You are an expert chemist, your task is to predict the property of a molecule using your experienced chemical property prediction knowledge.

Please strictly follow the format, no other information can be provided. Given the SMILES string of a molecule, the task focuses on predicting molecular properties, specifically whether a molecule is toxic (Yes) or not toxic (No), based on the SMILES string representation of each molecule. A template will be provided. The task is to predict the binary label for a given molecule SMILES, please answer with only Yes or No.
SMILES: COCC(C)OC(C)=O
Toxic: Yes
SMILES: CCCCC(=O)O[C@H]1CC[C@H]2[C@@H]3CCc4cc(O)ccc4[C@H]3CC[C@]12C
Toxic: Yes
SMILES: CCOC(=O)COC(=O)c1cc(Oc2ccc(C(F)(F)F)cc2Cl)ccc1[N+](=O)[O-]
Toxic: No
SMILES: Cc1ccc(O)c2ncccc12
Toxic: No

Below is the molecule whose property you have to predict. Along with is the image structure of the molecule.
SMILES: CCCCc1ccc(Cl)cc1
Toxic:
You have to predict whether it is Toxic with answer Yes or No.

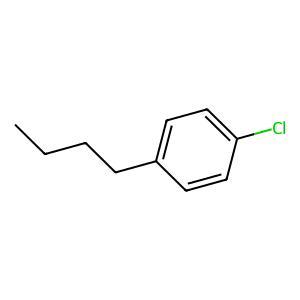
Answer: No